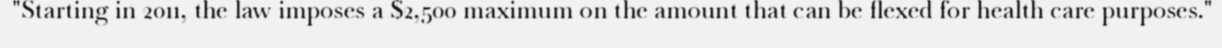
"Starting in 2011, the law imposes a $2,500 maximum on the amount that can be flexed for health care purposes."